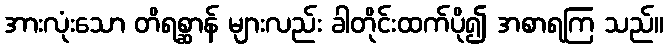
အားလုံးသော တိရစ္ဆာန် များလည်း ခါတိုင်းထက်ပို၍ အစာရကြ သည်။